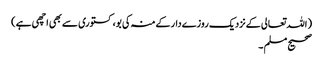
( اللہ تعالی کےنزدیک روزےدارکےمنہ کی بو، کستوری سےبھی اچھی ہے )
صحیح مسلم ۔